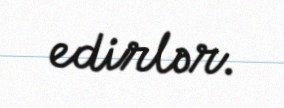
edirlər.